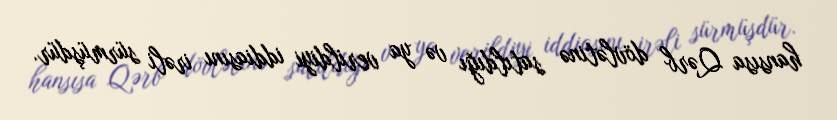
hansısa Qərb dövlətinə satıldığı və ya verildiyi iddiasını irəli sürmüşdür.